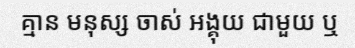
គ្មាន មនុស្ស ចាស់ អង្គុយ ជាមួយ ឬ